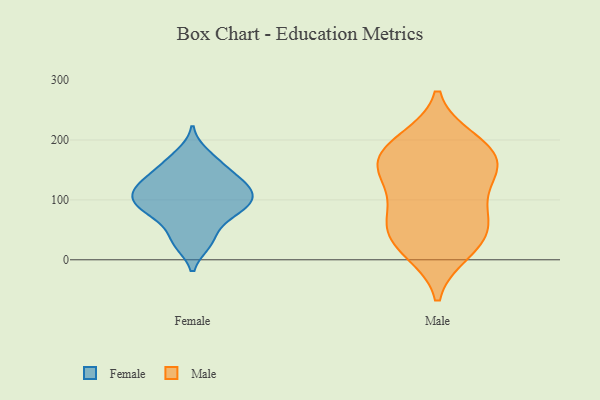
{"axis": {"x": "Churn Rate (%)", "y": "Value"}, "legend": ["Female", "Male"], "data": [{"x": "", "y": 54, "type": "Female"}, {"x": "", "y": 100, "type": "Female"}, {"x": "", "y": 122, "type": "Female"}, {"x": "", "y": 116, "type": "Female"}, {"x": "", "y": 161, "type": "Female"}, {"x": "", "y": 81, "type": "Female"}, {"x": "", "y": 27, "type": "Female"}, {"x": "", "y": 28, "type": "Female"}, {"x": "", "y": 80, "type": "Female"}, {"x": "", "y": 131, "type": "Female"}, {"x": "", "y": 177, "type": "Female"}, {"x": "", "y": 151, "type": "Female"}, {"x": "", "y": 83, "type": "Female"}, {"x": "", "y": 111, "type": "Female"}, {"x": "", "y": 136, "type": "Female"}, {"x": "", "y": 108, "type": "Female"}, {"x": "", "y": 91, "type": "Female"}, {"x": "", "y": 59, "type": "Male"}, {"x": "", "y": 150, "type": "Male"}, {"x": "", "y": 50, "type": "Male"}, {"x": "", "y": 129, "type": "Male"}, {"x": "", "y": 144, "type": "Male"}, {"x": "", "y": 200, "type": "Male"}, {"x": "", "y": 76, "type": "Male"}, {"x": "", "y": 183, "type": "Male"}, {"x": "", "y": 13, "type": "Male"}, {"x": "", "y": 17, "type": "Male"}, {"x": "", "y": 41, "type": "Male"}, {"x": "", "y": 195, "type": "Male"}, {"x": "", "y": 168, "type": "Male"}, {"x": "", "y": 161, "type": "Male"}, {"x": "", "y": 92, "type": "Male"}]}